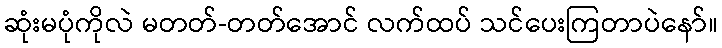
ဆုံးမပုံကိုလဲ မတတ်-တတ်အောင် လက်ထပ် သင်ပေးကြတာပဲနော်။